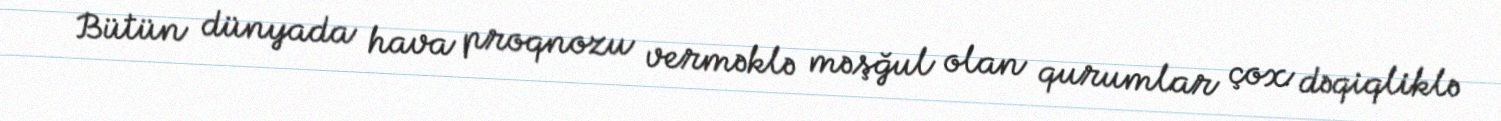
Bütün dünyada hava proqnozu verməklə məşğul olan qurumlar çox dəqiqliklə